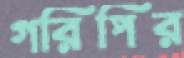
গরিপির